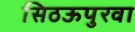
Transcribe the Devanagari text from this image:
सिठऊपुरवा